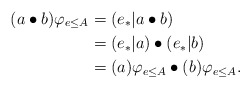
\begin{align*}(a\bullet b)\varphi_{e\leq A} &= (e {}_*| a\bullet b) \\&= {(e {}_*| a)} \bullet {(e {}_*| b)} \\&= (a)\varphi_{e\leq A} \bullet (b)\varphi_{e\leq A}.\end{align*}